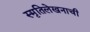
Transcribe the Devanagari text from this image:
स्मृतिलेखनाची